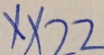
x \times 2 2